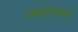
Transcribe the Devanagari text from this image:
राधाकृष्णनयांनी